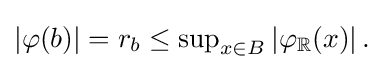
{\textstyle |\varphi (b)|=r_{b}\leq \sup _{x\in B}\left|\varphi _{\mathbb {R} }(x)\right|.}